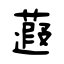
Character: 蕸